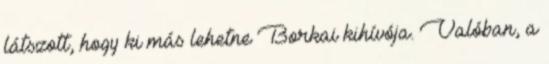
látszott, hogy ki más lehetne Borkai kihívója. Valóban, a